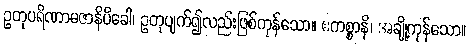
ဥတုပရိဏာမဇာနိပိခေါ၊ ဥတုပျက်၍လည်းဖြစ်ကုန်သော။ ဧကစ္စာနိ၊ အချို့ကုန်သော။